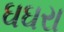
ઘઘરા